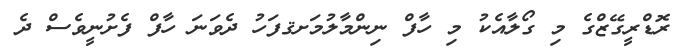
ރޮޑްރީގޭޒްގެ މި ގޯލާއެކު މި ހާފް ނިންމާލުމަށޤފަހު ދެވަނަ ހާފް ފެށުނީވެސް ދެ